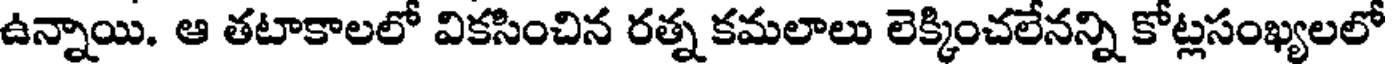
ఉన్నాయి. ఆ తటాకాలలో వికసించిన రత్న కమలాలు లెక్కించలేనన్ని కోట్లసంఖ్యలలో